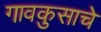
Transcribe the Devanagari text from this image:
गावकुसाचे